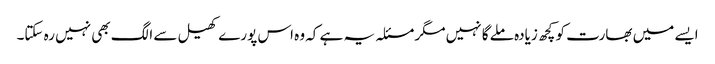
ایسے میں بھارت کو کچھ زیادہ ملے گا نہیں مگر مسئلہ یہ ہے کہ وہ اس پورے کھیل سے الگ بھی نہیں رہ سکتا۔